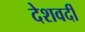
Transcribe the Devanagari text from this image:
देशवर्दी